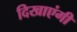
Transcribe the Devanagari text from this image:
दिखाएंगी